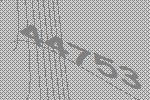
44753